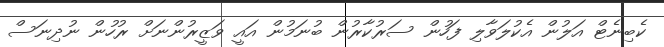
ކެބިނެޓް އަލުން އެކުލަވާލި ފަހުން ސަރުކާރުން ބުނަމުން އައީ ވަޒީރުންނަށް ރުހުން ނުދިނަސް